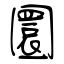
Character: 圜